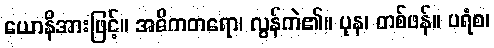
ယောနိအားဖြင့်။ အဓိကတရော၊ လွန်ကဲ၏။ ပုန၊ တစ်ဖန်။ ပရံစ၊